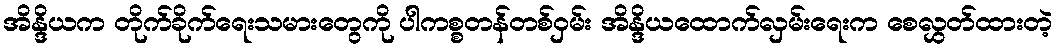
အိန္ဒိယက တိုက်ခိုက်ရေးသမားတွေကို ပါကစ္စတန်တစ်ဝှမ်း အိန္ဒိယထောက်လှမ်းရေးက စေလွှတ်ထားတဲ့